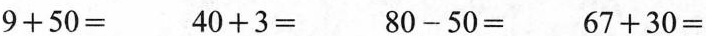
$$9 + 5 0 =$$ $$4 0 + 3 =$$ $$8 0 - 5 0 =%% $$6 7 + 3 0= $$